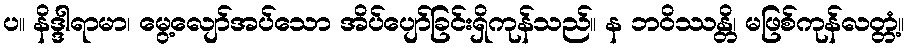
ပ။ နိဒ္ဒါရာမာ၊ မွေ့လျော်အပ်သော အိပ်ပျော်ခြင်းရှိကုန်သည်။ န ဘဝိဿန္တိ၊ မဖြစ်ကုန်လတ္တံ့။